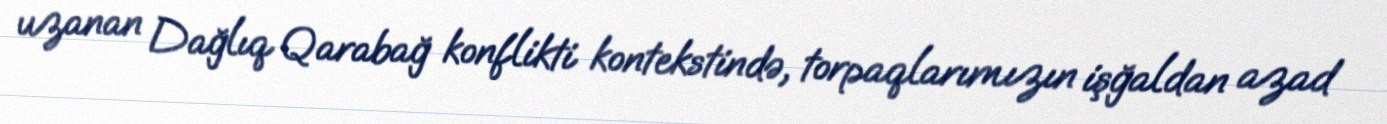
uzanan Dağlıq Qarabağ konflikti kontekstində, torpaqlarımızın işğaldan azad